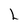
Character: L